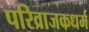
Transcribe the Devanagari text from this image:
परिव्राजकधर्म